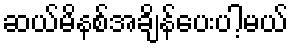
ဆယ်မိနစ်အချိန်ပေးပါ့မယ်